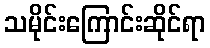
သမိုင်းကြောင်းဆိုင်ရာ